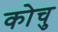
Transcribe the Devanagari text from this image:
कोचु